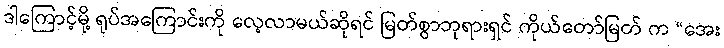
ဒါကြောင့်မို့ ရုပ်အကြောင်းကို လေ့လာမယ်ဆိုရင် မြတ်စွာဘုရားရှင် ကိုယ်တော်မြတ် က “အေး